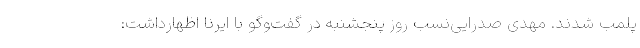
پلمب شدند. مهدی صدرایی‌نسب روز پنجشنبه در گفت‌وگو با ایرنا اظهارداشت: